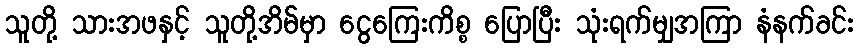
သူတို့ သားအဖနှင့် သူတို့အိမ်မှာ ငွေကြေးကိစ္စ ပြောပြီး သုံးရက်မျှအကြာ နံနက်ခင်း